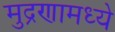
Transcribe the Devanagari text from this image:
मुद्रणामध्ये